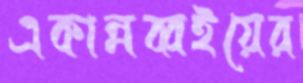
একান্নব্বইয়ের